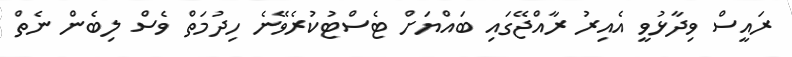
ރައީސް ވިދާޅުވީ އެއިރު ރާއްޖޭގައި ބައްޔަށް ޓެސްޓުކުރެވޭނެ ހިދުމަތް ވެސް ލިބެން ނެތް